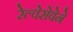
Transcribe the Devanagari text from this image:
रेल्वेसेवेने